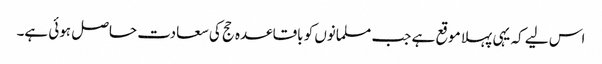
اس لیے کہ یہی پہلا موقع ہے جب مسلمانوں کو باقاعدہ حج کی سعادت حاصل ہوئی ہے۔